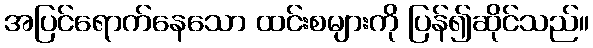
အပြင်ရောက်နေသော ထင်းစများကို ပြန်၍ဆိုင်သည်။